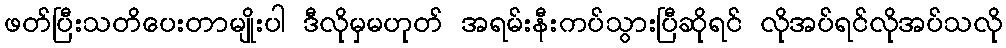
ဖတ်ပြီးသတိပေးတာမျိုးပါ ဒီလိုမှမဟုတ် အရမ်းနီးကပ်သွားပြီဆိုရင် လိုအပ်ရင်လိုအပ်သလို